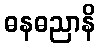
ဓနဓညာနိ